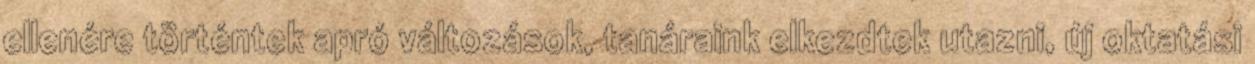
ellenére történtek apró változások, tanáraink elkezdtek utazni, új oktatási